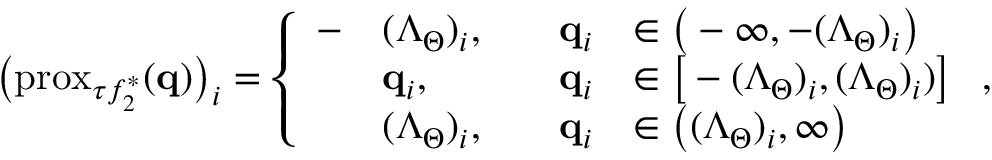
\big ( \mathrm { p r o x } _ { \tau f _ { 2 } ^ { \ast } } ( \mathbf { q } ) \big ) _ { i } = \left\{ \begin{array} { r l r l } { - } & { ( \boldsymbol { \Lambda } _ { \Theta } ) _ { i } , \quad } & { \mathbf { q } _ { i } } & { \in \big ( - \infty , - ( \boldsymbol { \Lambda } _ { \Theta } ) _ { i } \big ) } \\ & { \mathbf { q } _ { i } , \quad } & { \mathbf { q } _ { i } } & { \in \big [ - ( \boldsymbol { \Lambda } _ { \Theta } ) _ { i } , ( \boldsymbol { \Lambda } _ { \Theta } ) _ { i } ) \big ] } \\ & { ( \boldsymbol { \Lambda } _ { \Theta } ) _ { i } , } & { \mathbf { q } _ { i } } & { \in \big ( ( \boldsymbol { \Lambda } _ { \Theta } ) _ { i } , \infty \big ) } \end{array} \right. ,